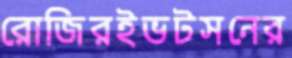
রোজিরইভটসনের